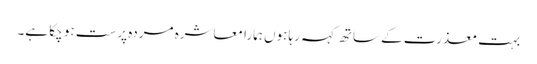
بہت معذرت کے ساتھ کہہ رہا ہوں ہمارا معاشرہ مردہ پرست ہو چکا ہے۔